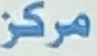
مركز